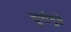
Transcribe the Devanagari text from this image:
चूर्णामुळे